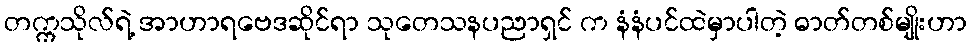
တက္ကသိုလ်ရဲ့ အာဟာရဗေဒဆိုင်ရာ သုတေသနပညာရှင် က နံနံပင်ထဲမှာပါတဲ့ ဓာတ်တစ်မျိုးဟာ